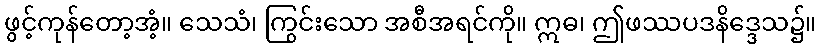
ဖွင့်ကုန်တော့အံ့။ သေသံ၊ ကြွင်းသော အစီအရင်ကို။ ဣဓ၊ ဤဖဿပဒနိဒ္ဒေသ၌။